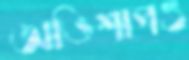
অভিশাপও